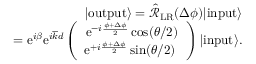
\begin{array} { r l r } & { } & { | \mathrm { o u t p u t } \rangle = \hat { \mathcal { R } } _ { \mathrm { L R } } ( \Delta \phi ) | \mathrm { i n p u t } \rangle } \\ & { } & { = \mathrm { e } ^ { i \beta } \mathrm { e } ^ { i \overline { { k } } d } \left( \begin{array} { c } { \mathrm { e } ^ { - i \frac { \phi + \Delta \phi } { 2 } } \cos ( \theta / 2 ) } \\ { \mathrm { e } ^ { + i \frac { \phi + \Delta \phi } { 2 } } \sin ( \theta / 2 ) \ } \end{array} \right) | \mathrm { i n p u t } \rangle . } \end{array}